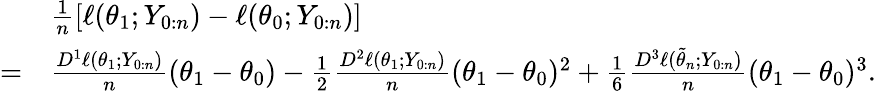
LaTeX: \begin{array}{rl}&{\frac{1}{n}\left[\ell(\theta_{1};Y_{0:n})-\ell(\theta_{0};Y_{0:n})\right]}\\ {=}&{\frac{D^{1}\ell(\theta_{1};Y_{0:n})}{n}(\theta_{1}-\theta_{0})-\frac{1}{2}\frac{D^{2}\ell(\theta_{1};Y_{0:n})}{n}(\theta_{1}-\theta_{0})^{2}+\frac{1}{6}\frac{D^{3}\ell(\tilde{\theta}_{n};Y_{0:n})}{n}(\theta_{1}-\theta_{0})^{3}.}\end{array}